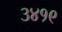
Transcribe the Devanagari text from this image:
३४१९